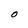
Character: O